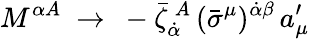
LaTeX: M^{\alpha A}~\to~-{\bar{\zeta}}_{\dot{\alpha}}^{~A}\, (\bar{\sigma}^{\mu})^{\dot{\alpha}\beta}\, a_{\mu}^{\prime}